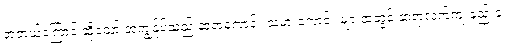
အဘယ်ကြောင့် ဆိုသော် အကျွန်ုပ်သည် ဆရာကောင်း သမားကောင်း များထံတွင် ဆရာလက်ကျ နည်းခံ